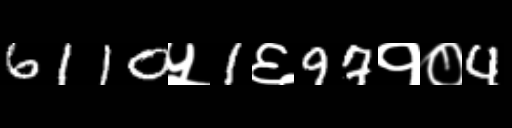
Text: 6110५1६97१०4